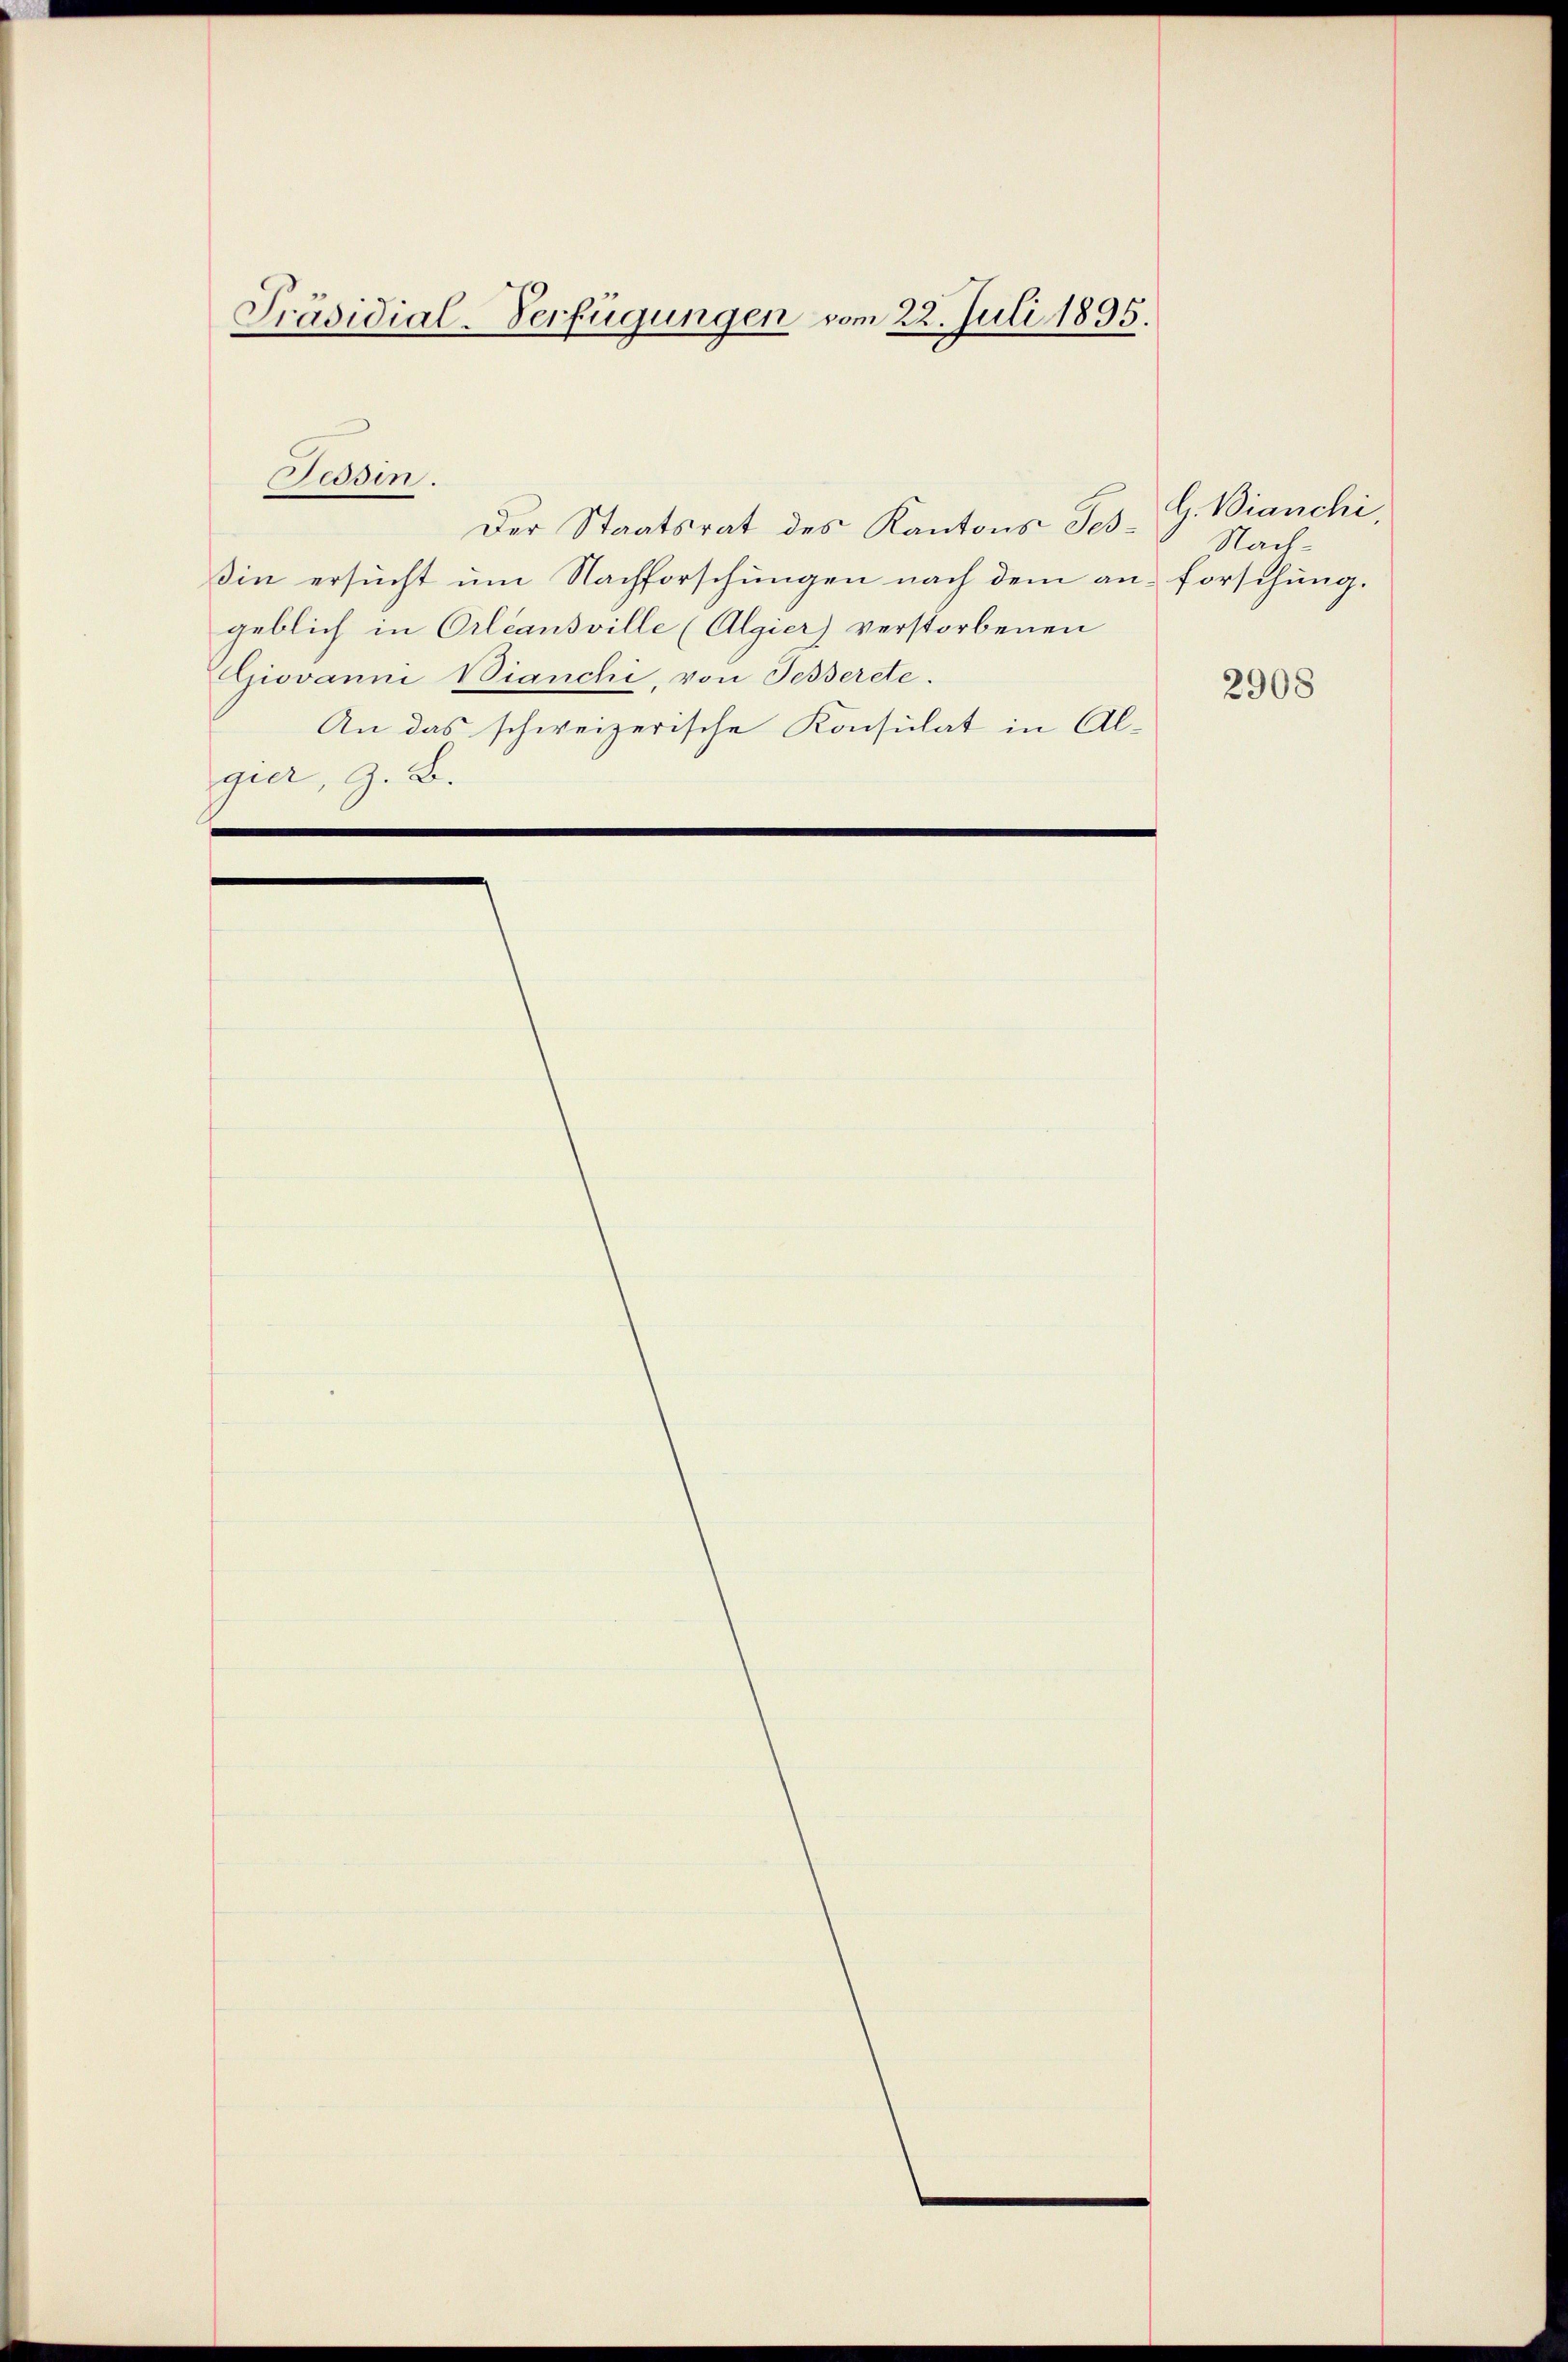
Präsidial-Verfügungen vom 22. Juli 1895.

Der Staatsrat des Kantons Tes-
in ersucht um Nachforschungen nach dem an forschung.
geblich in Orleansville (Algier) verstorbenen
Giovanni Bianchi, von Fesserete.
An das schweizerische Konsulat in Al-
gier, z. B.
e
e

Padin.

G. Bianchi,
Nach¬

2908